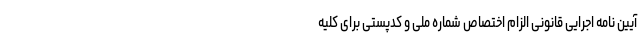
آیین نامه اجرایی قانونی الزام اختصاص شماره ملی و کدپستی برای کلیه